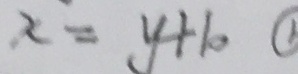
x = y + 1 0